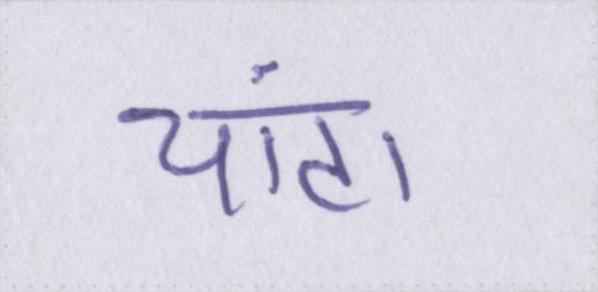
चांटा